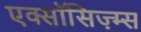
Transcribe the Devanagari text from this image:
एक्सॉसिज़्म्स